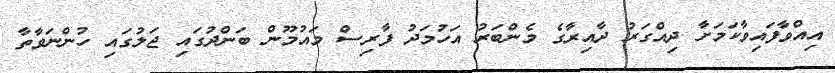
އިއްވާފައިވާކަމަށާ ދިއްގަރު ދާއިރާގެ މެންބަރު އަހުމަދު ފާރިސް މައުމޫން ބަންދުގައި ޖަލުގައި ހުންނަވާތާ